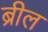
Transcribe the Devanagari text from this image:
ब्रील